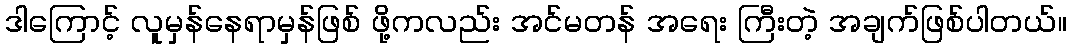
ဒါကြောင့် လူမှန်နေရာမှန်ဖြစ် ဖို့ကလည်း အင်မတန် အရေး ကြီးတဲ့ အချက်ဖြစ်ပါတယ်။